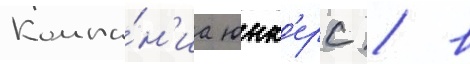
Компа́н'иа юнк'ерс / в